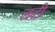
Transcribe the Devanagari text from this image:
लटी